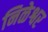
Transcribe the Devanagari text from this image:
निळेश्वर